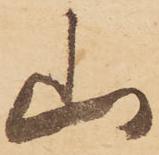
山